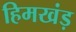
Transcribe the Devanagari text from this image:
हिमखंड़